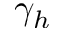
\gamma _ { h }